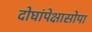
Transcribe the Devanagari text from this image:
दोघांपेक्षासोपा